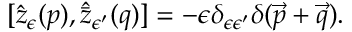
[ \widehat { z } _ { \epsilon } ( p ) , \widehat { \bar { z } } { } _ { \epsilon ^ { \prime } } ( q ) ] = - \epsilon \delta _ { \epsilon \epsilon ^ { \prime } } \delta ( \vec { p } + \vec { q } ) .